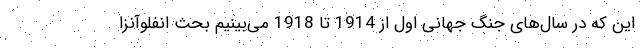
این که در سال‌های جنگ جهانی اول از 1914 تا 1918 می‌بینیم بحث انفلوآنزا